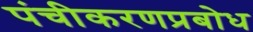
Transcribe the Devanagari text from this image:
पंचीकरणप्रबोध